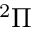
^ 2 \Pi